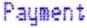
PAYMENT